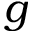
g